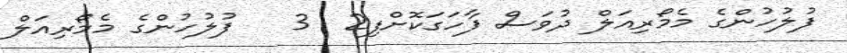
ފުލުހުންގެ މެމޯރިއަލް ދުވަސް ފާހަގަކޮށްފި2  3   ފުލުހުންގެ މެމޯރިއަލް